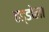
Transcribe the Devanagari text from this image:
हड्डोला